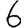
Digit: 6